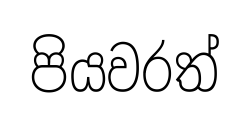
පියවරත්